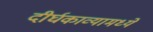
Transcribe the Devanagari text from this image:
दीर्घकाव्यामध्ये